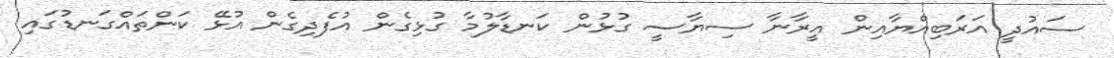
ސައުދީ އަރަބިއްޔާއިން އީރާނާ ސިޔާސީ ގުޅުން ކަނޑާލުމާ ގުޅިގެން އުފެދިގެން އުޅޭ ކަންތައްގަނޑުގައި